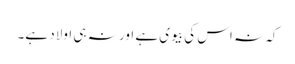
کہ نہ اس کی بیوی ہے اور نہ ہی اولاد ہے۔